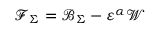
\mathcal { F } _ { \Sigma } = \mathcal { B } _ { \Sigma } - \varepsilon ^ { \alpha } \mathcal { W }